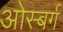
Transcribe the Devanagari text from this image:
ओस्बर्ग